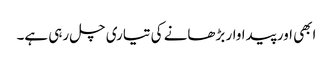
ابھی اور پیداوار بڑھانے کی تیاری چل رہی ہے۔